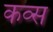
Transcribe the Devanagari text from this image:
कव्स